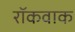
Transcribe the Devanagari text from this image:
रॉकवाक